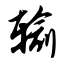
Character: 输